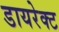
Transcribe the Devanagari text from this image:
डायरेक्‍ट